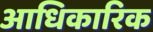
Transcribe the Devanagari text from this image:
अाधिकारिक